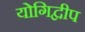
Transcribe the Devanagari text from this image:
योगिद्वीप